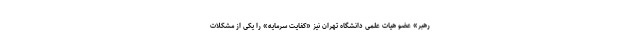
رهبر» عضو هیات علمی دانشگاه تهران نیز «کفایت سرمایه» را یکی از مشکلات